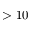
> 1 0